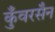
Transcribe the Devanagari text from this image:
कुँवरसैन